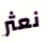
نعثر